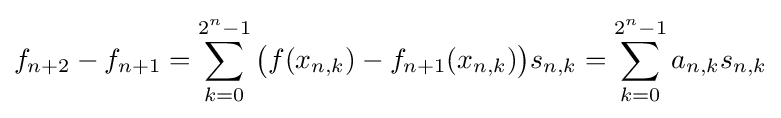
f_{n+2}-f_{n+1}=\sum _{k=0}^{2^{n}-1}{\bigl (}f(x_{n,k})-f_{n+1}(x_{n,k}){\bigr )}s_{n,k}=\sum _{k=0}^{2^{n}-1}a_{n,k}s_{n,k}